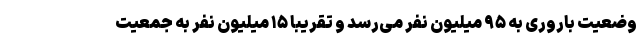
وضعیت باروری به ۹۵ میلیون نفر می‌رسد و تقریباً ۱۵ میلیون نفر به جمعیت